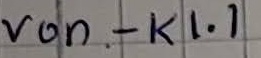
Text: von - K1.1